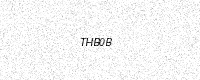
Text: THB0B